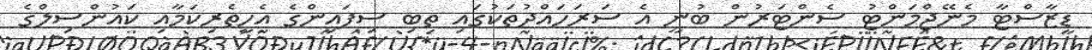
ޑިޒާސްޓާ މެނޭޖްމަންޓު ސެންޓަރުން ބުނީ އެ ސަރަހައްދުތަކުގައި ތިބި ސިފައިންގެ އެހީތެރިކަމާއި ކައުންސިލްގެ